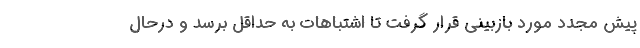
پیش مجدد مورد بازبینی قرار گرفت تا اشتباهات به حداقل برسد و درحال